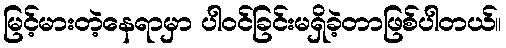
မြင့်မားတဲ့နေရာမှာ ပါဝင်ခြင်းမရှိခဲ့တာဖြစ်ပါတယ်။